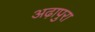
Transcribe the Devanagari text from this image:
अढ़ापुरा